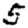
Digit: 5